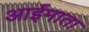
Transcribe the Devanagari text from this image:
आईमाता